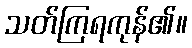
သတ်ကြရကုန်၏။